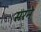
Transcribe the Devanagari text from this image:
सरने